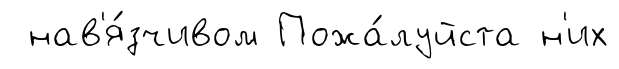
нав'я́зчивом Пожа́луйста н'их